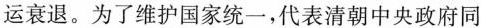
运衰退。为了维护国家统一，代表清朝中央政府同